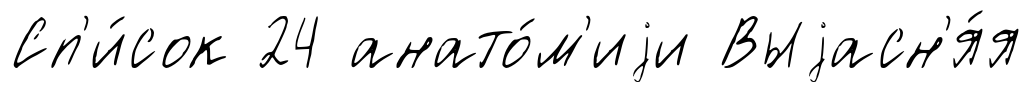
Сп'и́сок 24 анато́м'иjи Выjасн'я́я